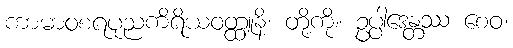
ကာမာဝစရပုညကိရိယဝတ္ထူနိ၊ တို့ကို။ ဥပ္ပါဒေန္တဿ စေဝ၊